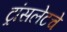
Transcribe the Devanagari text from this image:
ट्रांसलेटचे